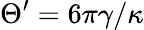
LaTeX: \Theta^{\prime}=6\pi\gamma/\kappa